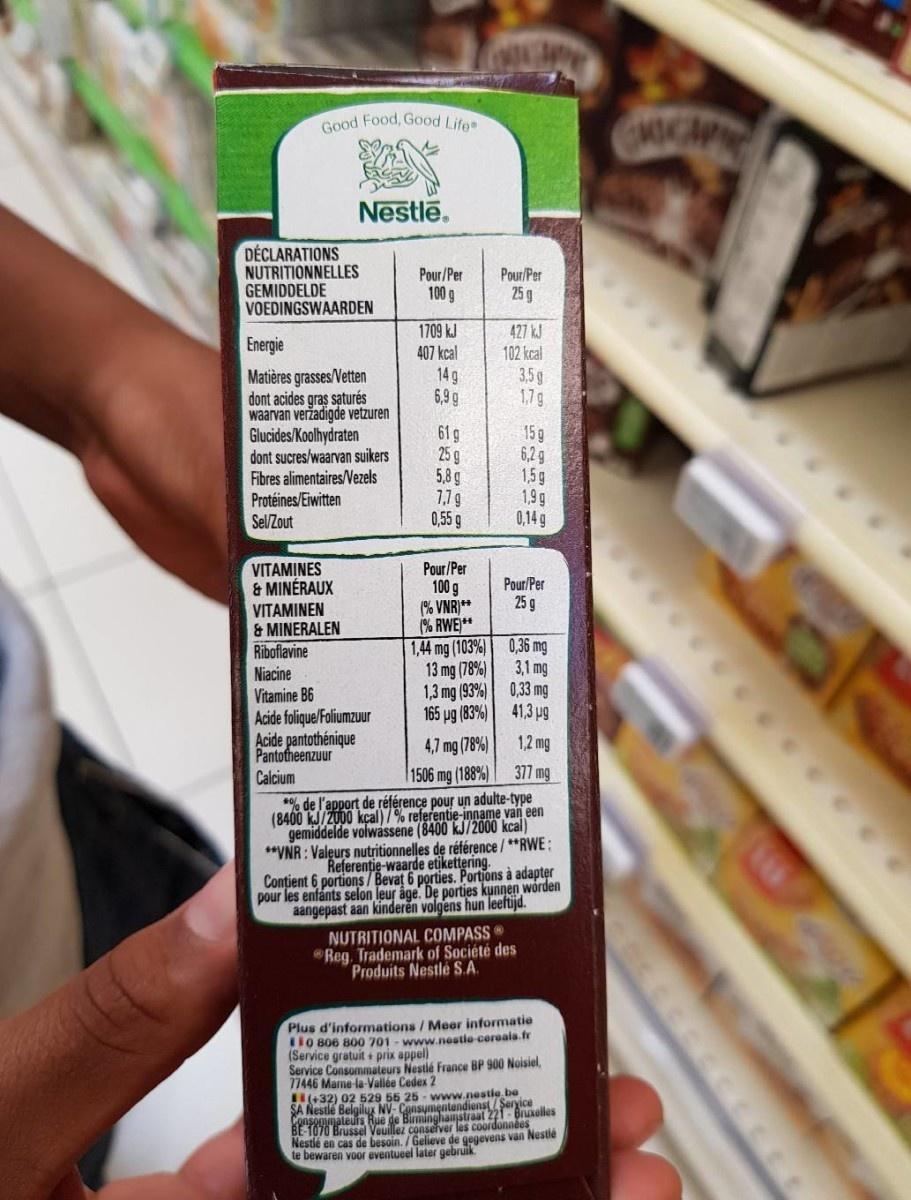
Good Food, Good Lifee
Nestlē.
DÉCLARATIONS NUTRITIONNELLES GEMIDDELDE VOEDINGSWAARDEN
Pour/Per
Pour/Per
100 g
25 g
1709 kJ 407 kcal
427 kJ 102 kcal
Energie
14 g 6,9 g
3,5g 1,7g
Matières grasses/Vetten dont acides gras saturés waarvan veržadigde vetzuren Glucides/Koolhydraten dont sucres/waarvan suikers Fibres alimentaires/Vezels Protéines/Eiwitten Sel/Zout
61 g 25 g 5,8 g 1,7 g 0,55g
15g 6,2g 1,5g 1,9 g 0,14 g
VITAMINES & MINÉRAUX VITAMINEN & MINERALEN
Pour/Per 100 g (% VNR)** (% RWE** 1,44 mg (103%) 0,36 mg 13 mg (78%) 1,3 mg (93%) 0,33 mg 165 pg (83%)
Pour/Per
25 g
Riboflavine Niacine Vitamine B6 Acide folique/Foliumzuur Acide pantothénique Pantotheenzuur Calcium
3,1 mg
41,3 pg
4,7 mg (78%)
1,2 mg
1506 mg (188%)
377 mg
*% de l'apport de référence pour un adulte-type (8400 kJ/Z00 kçal)7% referentie-inname van een gemiddelde volwassene (8400 kJ/2000 kcal) **VNR : Valeurs nutritionnelles de référence/**RWE; Referentie-waarde etikettering. Contient 6 portions/ Bevat 6 porties. Portions à adapter pour les enfants selon leur áge. De porties kunnen wörden aangepast aan kinderen volgens hun leetijd.
NUTRITIONAL COMPASS Reg. Trademark of Société des Produits Nestlé S.A.
Plus d'informations / Meer informatie 0 806 800 701 - www.nestio cereala.fr (Service gratuit + prix appel) Service Consommateurs Nestlé France BP 900 Noisiel, 77446 Marne-la-Vallée Cedex 2 (+32) 02 529 56 25 - www.nestle be SA Nestle Belgilux NV- Consymentendienseolles
Brussel Veuillez conselver les coordonnées
Nestie en cas de besoin. / Gelieve de gegevens van Nestle te bewaren voor eventueel later gebruik